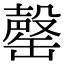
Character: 罄